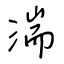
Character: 湍